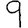
Digit: 9